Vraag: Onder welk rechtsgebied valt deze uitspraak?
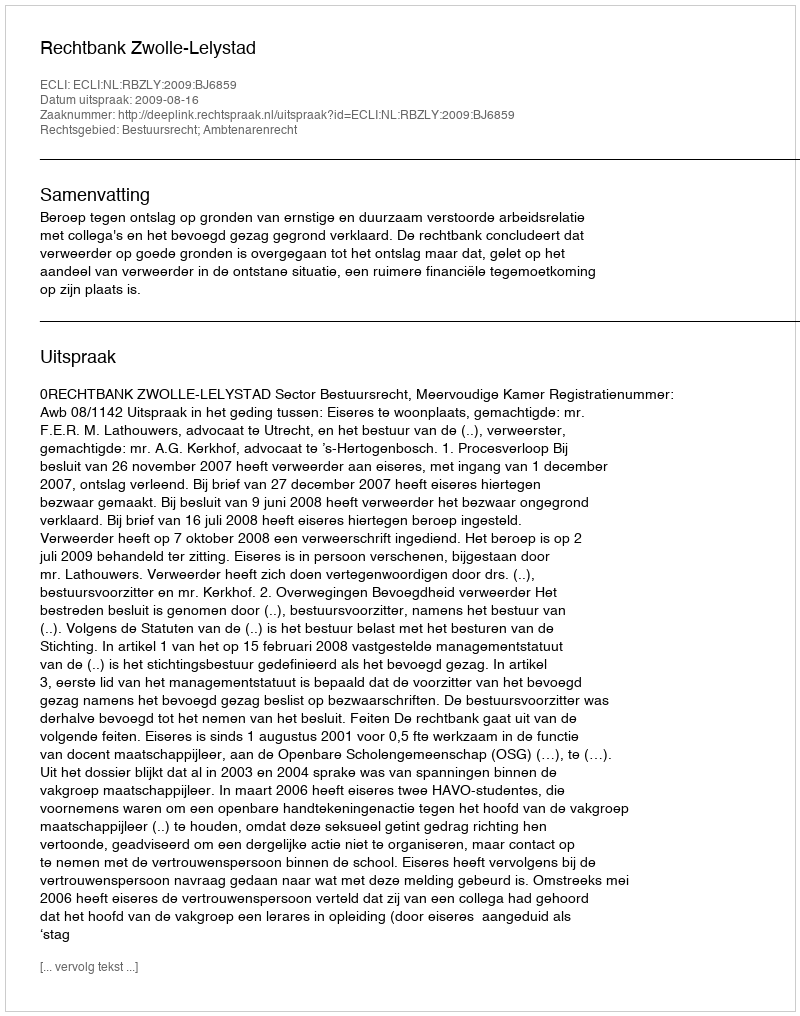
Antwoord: Bestuursrecht; Ambtenarenrecht